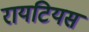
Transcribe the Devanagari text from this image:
रायटियस